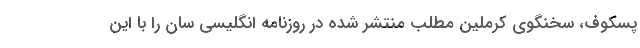
پسکوف، سخنگوی کرملین مطلب منتشر شده در روزنامه انگلیسی سان را با این